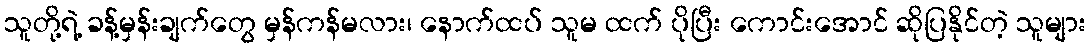
သူတို့ရဲ့ ခန့်မှန်းချက်တွေ မှန်ကန်မလား၊ နောက်ထပ် သူမ ထက် ပိုပြီး ကောင်းအောင် ဆိုပြနိုင်တဲ့ သူများ